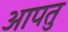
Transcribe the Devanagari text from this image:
आपतु